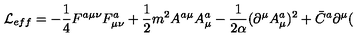
{ \cal L } _ { e f f } = - \frac 1 4 F ^ { a \mu \nu } F _ { \mu \nu } ^ { a } + \frac 1 2 m ^ { 2 } A ^ { a \mu } A _ { \mu } ^ { a } - \frac 1 { 2 \alpha } ( \partial ^ { \mu } A _ { \mu } ^ { a } ) ^ { 2 } + \bar { C } ^ { a } \partial ^ { \mu } (